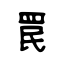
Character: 罠